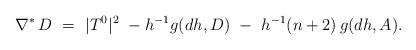
LaTeX: \begin{align*}\nabla^*\, D\ =\ \lvert T^0 \rvert^2\ -h^{-1}g(dh,D)\ -\ h^{-1}(n+2)\,g(dh,A).\end{align*}